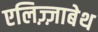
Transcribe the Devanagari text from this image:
एलिज़्ज़ाबेथ